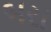
બરા